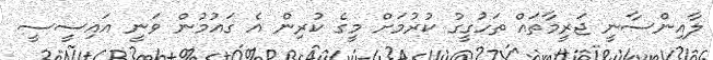
ލާއިންސާނީ ޖަރީމާތައް ތަހުގީގު ކުރުމަށް މީގެ ކުރިން އެ ގައުމުން ވަނީ އައިސީސީ